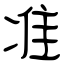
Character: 准